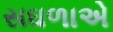
સઘળાએ